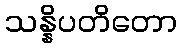
သန္နိပတိတော